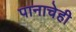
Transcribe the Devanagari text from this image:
पानाचेही